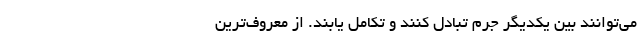
می‌توانند بین یکدیگر جرم تبادل کنند و تکامل یابند. از معروف‌ترین